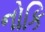
નોકિ